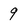
Character: 9